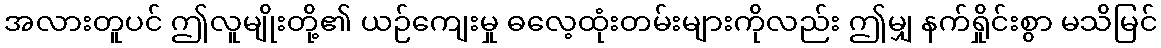
အလားတူပင် ဤလူမျိုးတို့၏ ယဉ်ကျေးမှု ဓလေ့ထုံးတမ်းများကိုလည်း ဤမျှ နက်ရှိုင်းစွာ မသိမြင်